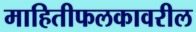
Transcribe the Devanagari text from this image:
माहितीफलकावरील